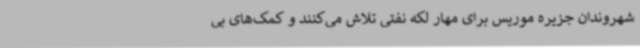
شهروندان جزیره موریس برای مهار لکه نفتی تلاش می‌کنند و کمک‌های بی